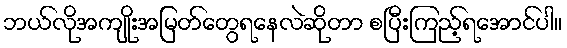
ဘယ်လိုအကျိုးအမြတ်တွေရနေလဲဆိုတာ စပြီးကြည့်ရအောင်ပါ။